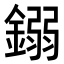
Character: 𨪤